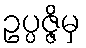
ဥပ္ပဇ္ဇိမှ